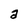
Character: a